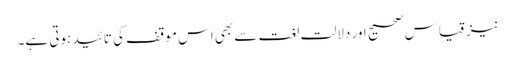
نیز قیاس صحیح اور دلالت لغت سے بھی اس موقف کی تائید ہوتی ہے۔